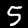
Digit: 5